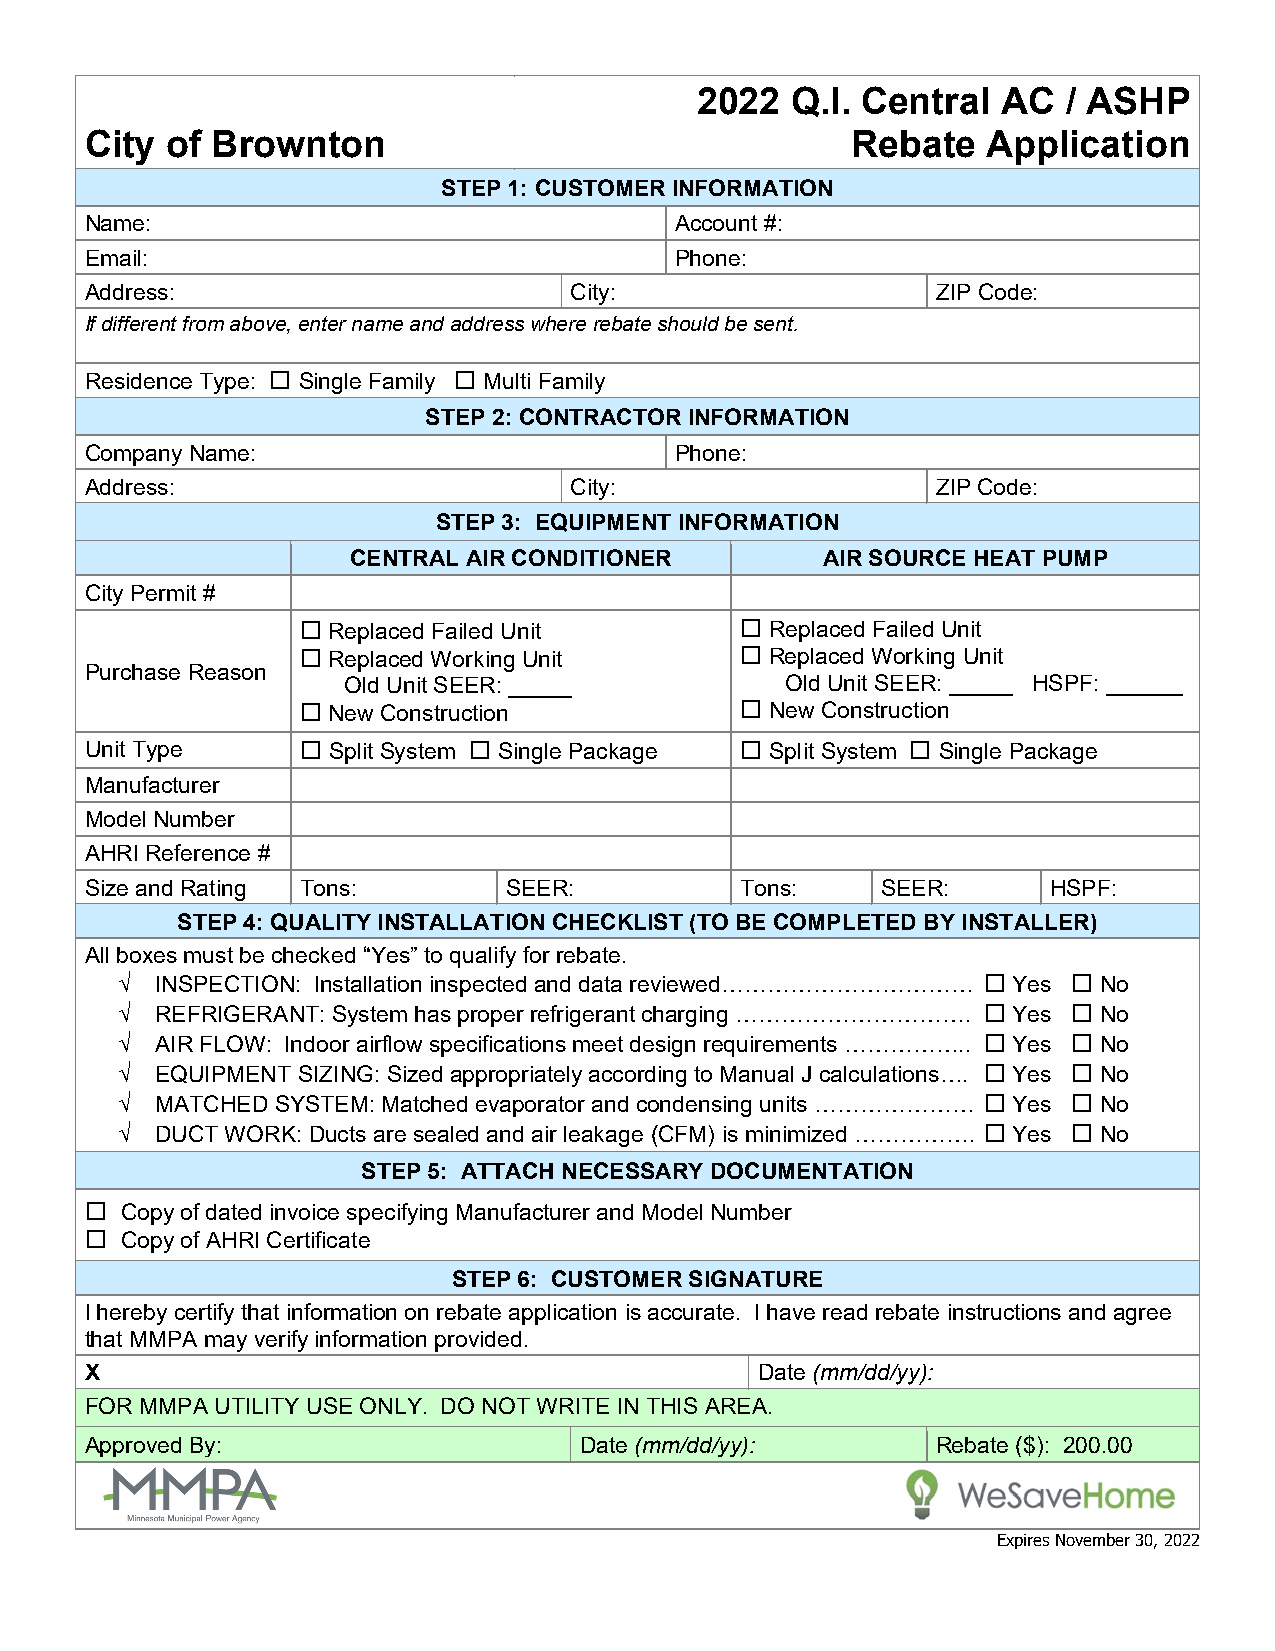
2022  Q.I. Central  AC   / ASHP
 City of Brownton                                  Rebate   Application
 STEP 1: CUSTOMER INFORMATION
 Name:                                  Account #:
 Email:                                 Phone:
 Address:                        City:                   ZIP Code:
 If different from above, enter name and address where rebate should be sent.
 Residence Type:  Single Family  Multi Family
 STEP 2: CONTRACTOR INFORMATION
 Company Name:                          Phone:
 Address:                        City:                   ZIP Code:
 STEP 3: EQUIPMENT INFORMATION
 CENTRAL AIR CONDITIONER        AIR SOURCE HEAT PUMP
 City Permit #
  Replaced Failed Unit        Replaced Failed Unit
  Replaced Working Unit       Replaced Working Unit
 Purchase Reason
 Old Unit SEER: _____         Old Unit SEER: _____ HSPF: ______
  New Construction            New Construction
 Unit Type      Split System  Single Package  Split System  Single Package
 Manufacturer
 Model Number
 AHRI Reference #
 Size and Rating Tons:      SEER:           Tons:    SEER:      HSPF:
 STEP 4: QUALITY INSTALLATION CHECKLIST (TO BE COMPLETED BY INSTALLER)
 All boxes must be checked “Yes” to qualify for rebate.
 √ INSPECTION: Installation inspected and data reviewed……………………………  Yes  No
 √ REFRIGERANT: System has proper refrigerant charging ………………………….  Yes  No
 √ AIR FLOW: Indoor airflow specifications meet design requirements ……………..  Yes  No
 √ EQUIPMENT SIZING: Sized appropriately according to Manual J calculations….  Yes  No
 √ MATCHED SYSTEM: Matched evaporator and condensing units …………………  Yes  No
 √ DUCT WORK: Ducts are sealed and air leakage (CFM) is minimized …………….  Yes  No
 STEP 5: ATTACH NECESSARY DOCUMENTATION
  Copy of dated invoice specifying Manufacturer and Model Number
  Copy of AHRI Certificate
 STEP 6: CUSTOMER SIGNATURE
 I hereby certify that information on rebate application is accurate. I have read rebate instructions and agree
 that MMPA may verify information provided.
 X                                           Date (mm/dd/yy):
 FOR MMPA UTILITY USE ONLY. DO NOT WRITE IN THIS AREA.
 Approved By:                    Date (mm/dd/yy):        Rebate ($): 200.00
 Expires November 30, 2022